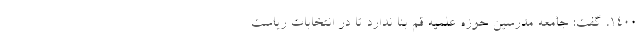
۱۴۰۰، گفت: جامعه مدرسین حوزه علمیه قم بنا ندارد تا در انتخابات ریاست